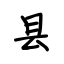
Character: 县